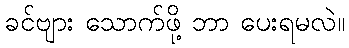
ခင်ဗျား သောက်ဖို့ ဘာ ပေးရမလဲ။